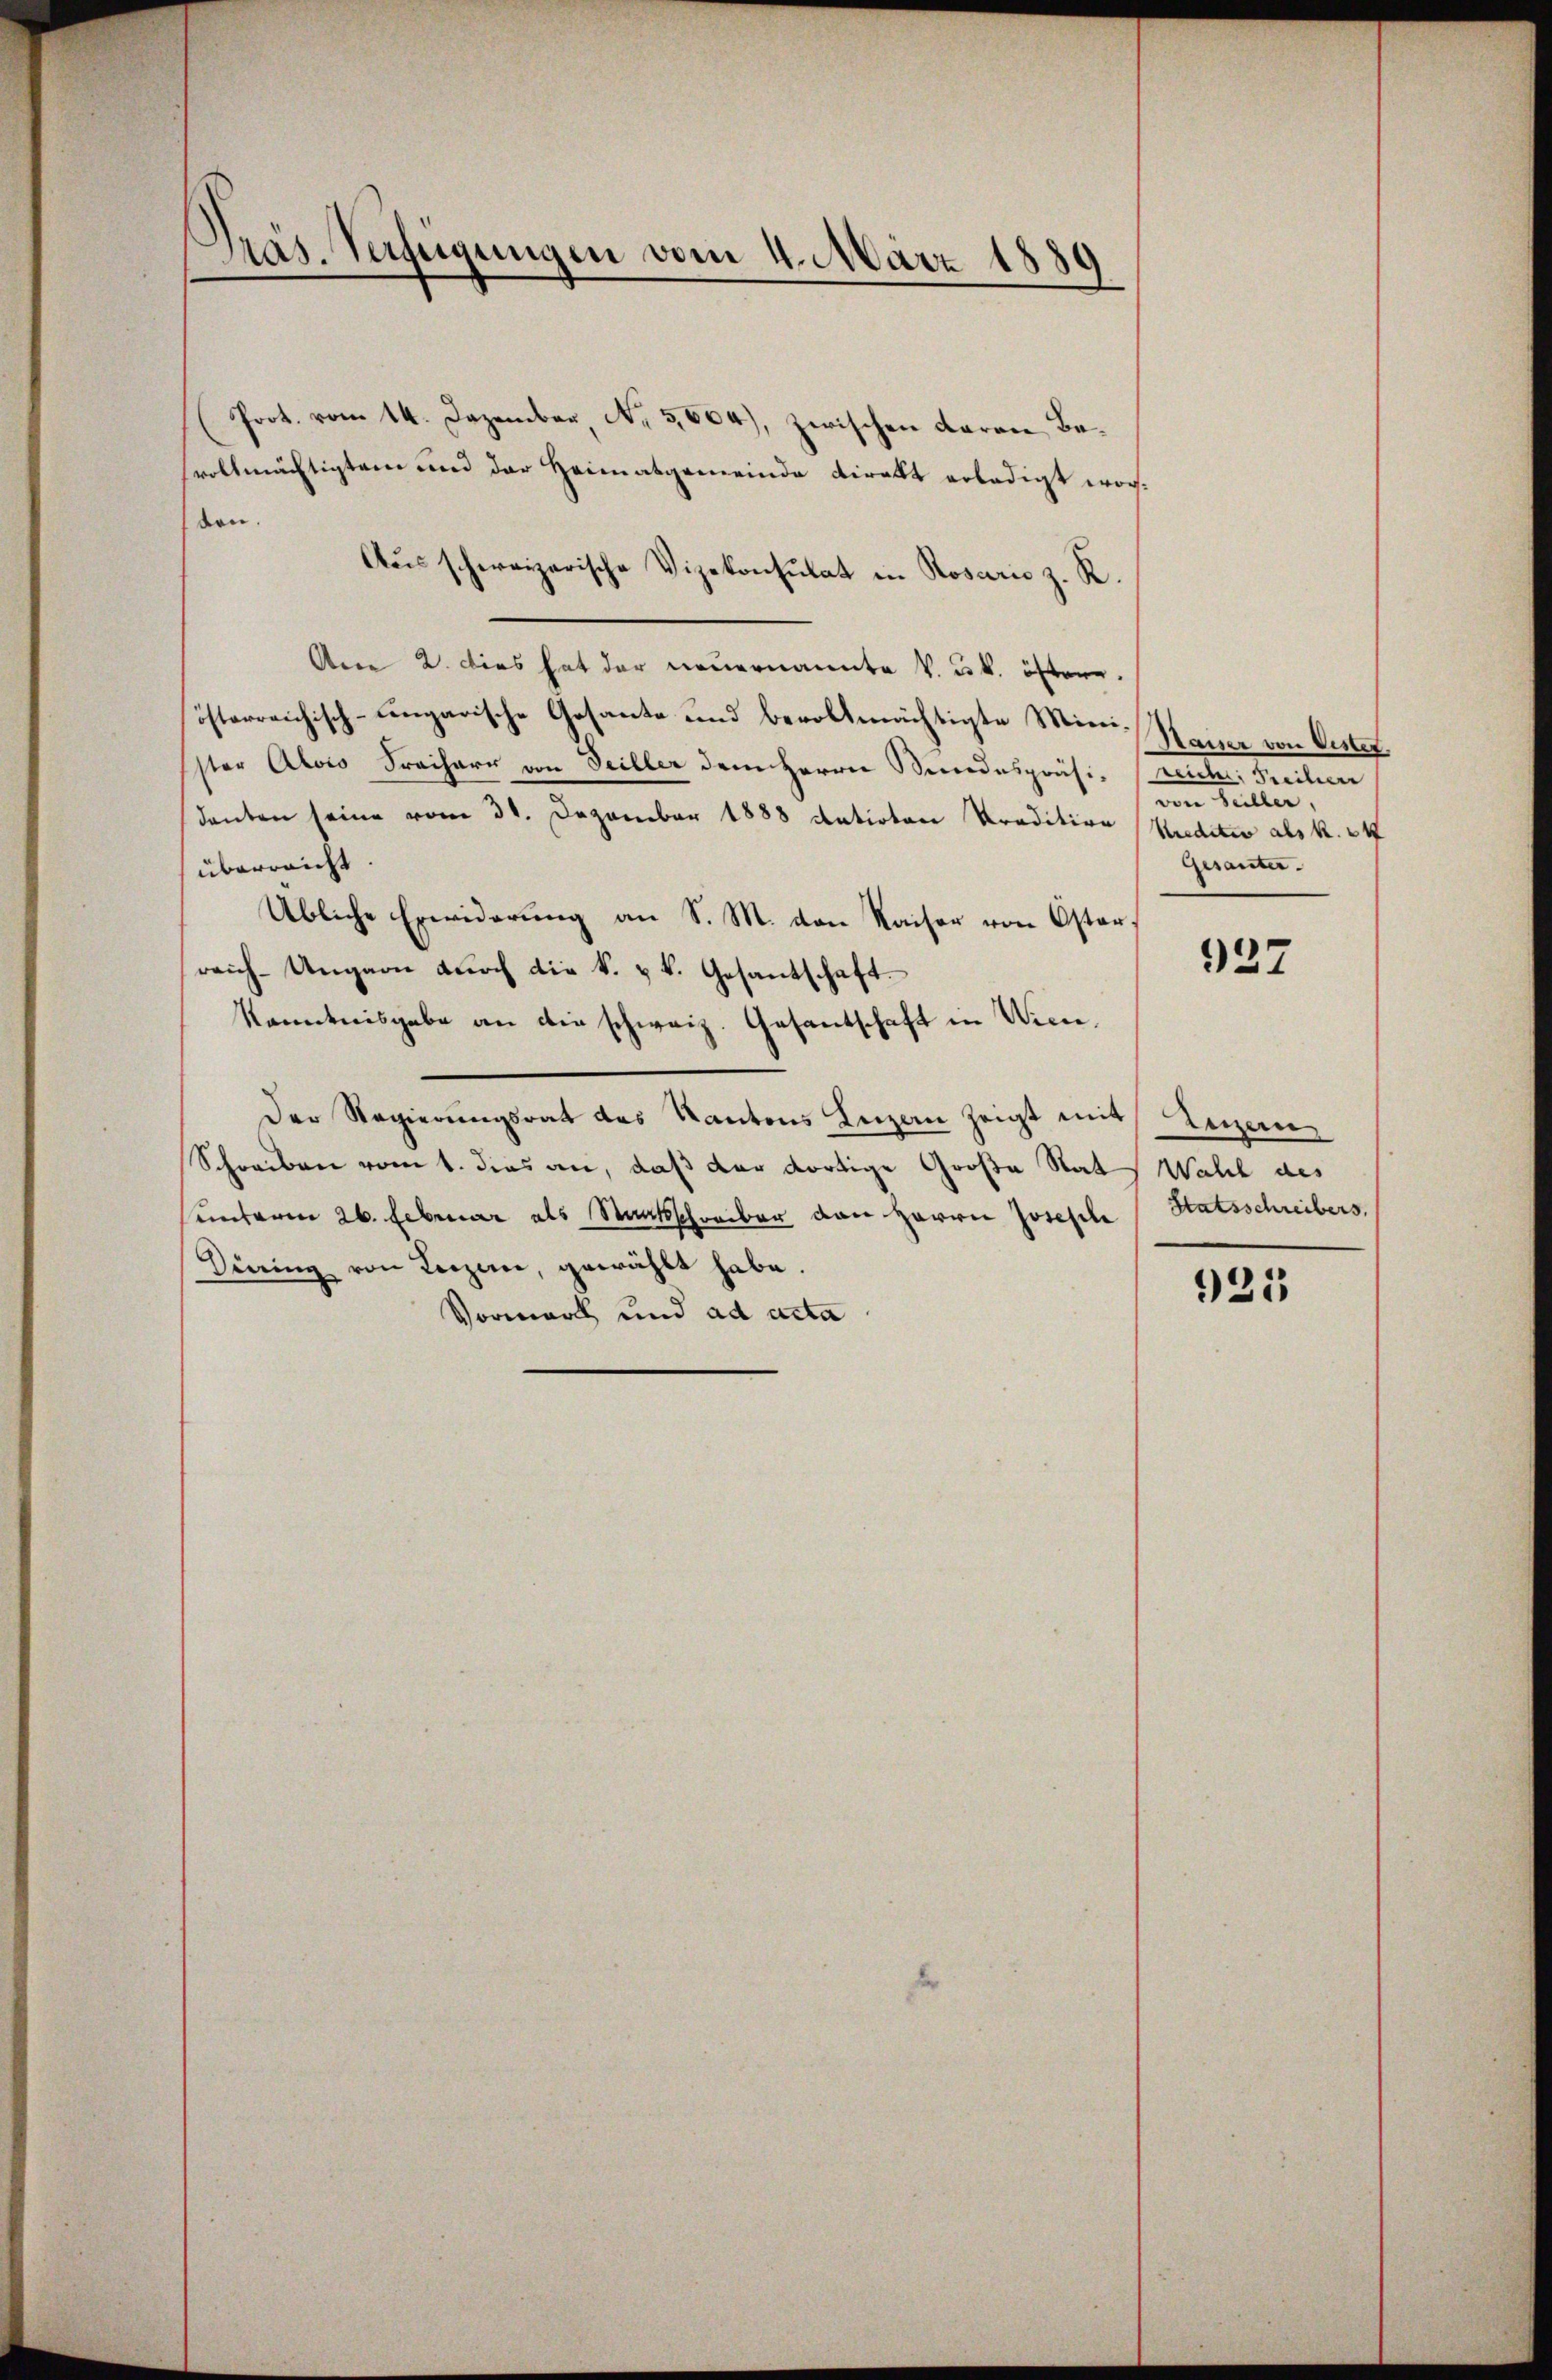
Präs. Verfügungen vom 4. März 1880
.

(Poot. vom 14. Dezember, No 3,604), zwischen daran Bevollmächtigtem und der Heimatgemeinde Direkt erledigt worsen.
Aus schweizerische Vizekonsulat in Rosarie z. R.
Ane 2. dies hat der neuernannte k. k. öftere.
österreichisch-ungarische Gesante und bevollmächtigte Mini-Kaiser von Oestef
ster Alois Freiherr von Seiller dem Herrn Bundespräsi- reich, Freilier
denten seine vom 31. Dezember 1888 Antiotare Pradition (Krediter als k. 24
überreicht.
Übliche Erwiderung an S. M. von Kaiser von Osterreich-Ungarn durch die k. u. k. Gesantschaft
Kenntnisgabe an die schweiz. Gesantschaft in Wiene,
Der Regierungsrat des Kantons Luzern zeigt mit Anzen-
Schreiben vom 1. dies an, daß der dortige Große Rath Wahl des
unterm 26. Februar als Staatsschreiber von Herrn Joseph Statsschreibers
Düring von Lorzene, gewählt habe.
Vormark und ad acta

e
Gesanter.

927

925